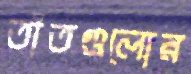
তাঁতগুলোর